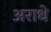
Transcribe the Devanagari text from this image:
अराधे